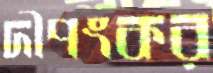
দীপংকর